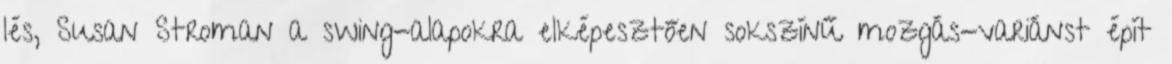
lés, Susan Stroman a swing-alapokra elképesztően sokszínű mozgás-variánst épít